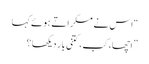
“اس نے مسکراتے ہوئے کہا
” اچھا، کب، کتنی بار دیکھا ؟